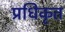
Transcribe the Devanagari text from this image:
प्रधिकृत